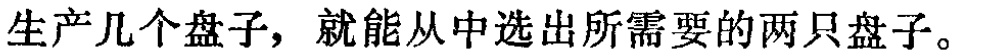
生产几个盘子，就能从中选出所需要的两只盘子。